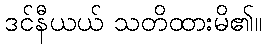
ဒင်နီယယ် သတိထားမိ၏။